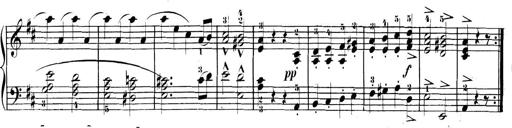
Title: 3 Sonatinen, Op.8
Composer: Isidor Wilhelm Seiss